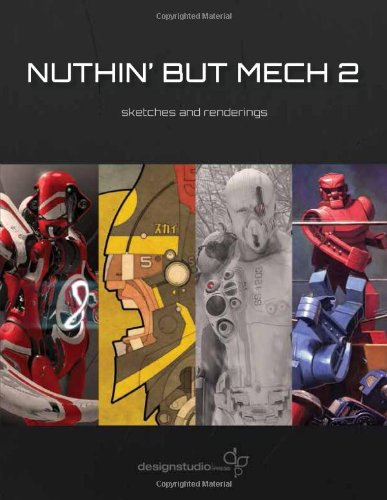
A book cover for Nuthin' But Mech Volume 2; Various Artists; Arts & Photography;